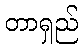
တာရှည်